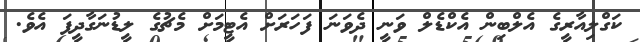
ކަގްލިއާރީގެ އެލްބިން އެކްޑެލް ވަނީ ދެވަނަ ފަހަރަށް އެޓީމަށް މެޗުގެ ލީޑުނަގާދީފަ އެވެ.